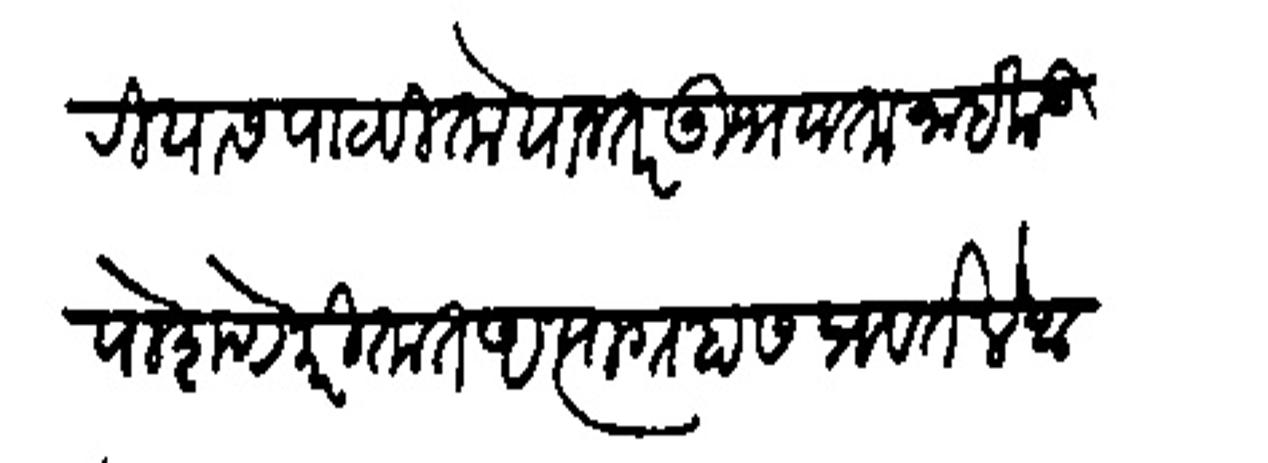
Transliteration (Devanagari): सातारियास पाठवितो यानंतर उभयता नाईक उपोशणे करितात अत्याग्रहास प्रवर्तले आहेत